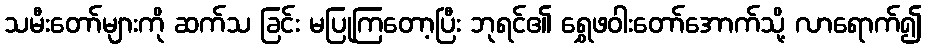
သမီးတော်များကို ဆက်သ ခြင်း မပြုကြတော့ပြီး ဘုရင်၏ ရွှေဖဝါးတော်အောက်သို့ လာရောက်၍